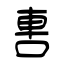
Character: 軎